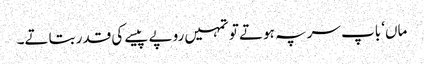
ماں‘ باپ سر پہ ہوتے تو تمہیں روپے پیسے کی قدر بتاتے۔